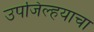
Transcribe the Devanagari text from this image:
उपजिल्हयाचा